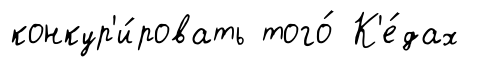
конкур'и́ровать того́ К'е́дах